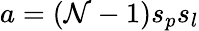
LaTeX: a=(\mathcal{N}-1)s_{p}s_{l}